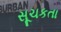
સૂચકતા